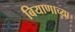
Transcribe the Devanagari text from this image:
बियाणाच्या